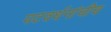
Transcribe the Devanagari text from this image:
पटवर्धनांचीच